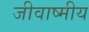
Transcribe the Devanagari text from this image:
जीवाष्मीय